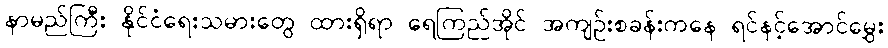
နာမည်ကြီး နိုင်ငံရေးသမားတွေ ထားရှိရာ ရေကြည်အိုင် အကျဉ်းစခန်းကနေ ရင်နင့်အောင်မွှေး